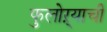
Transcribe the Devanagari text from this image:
फुलोऱ्याची